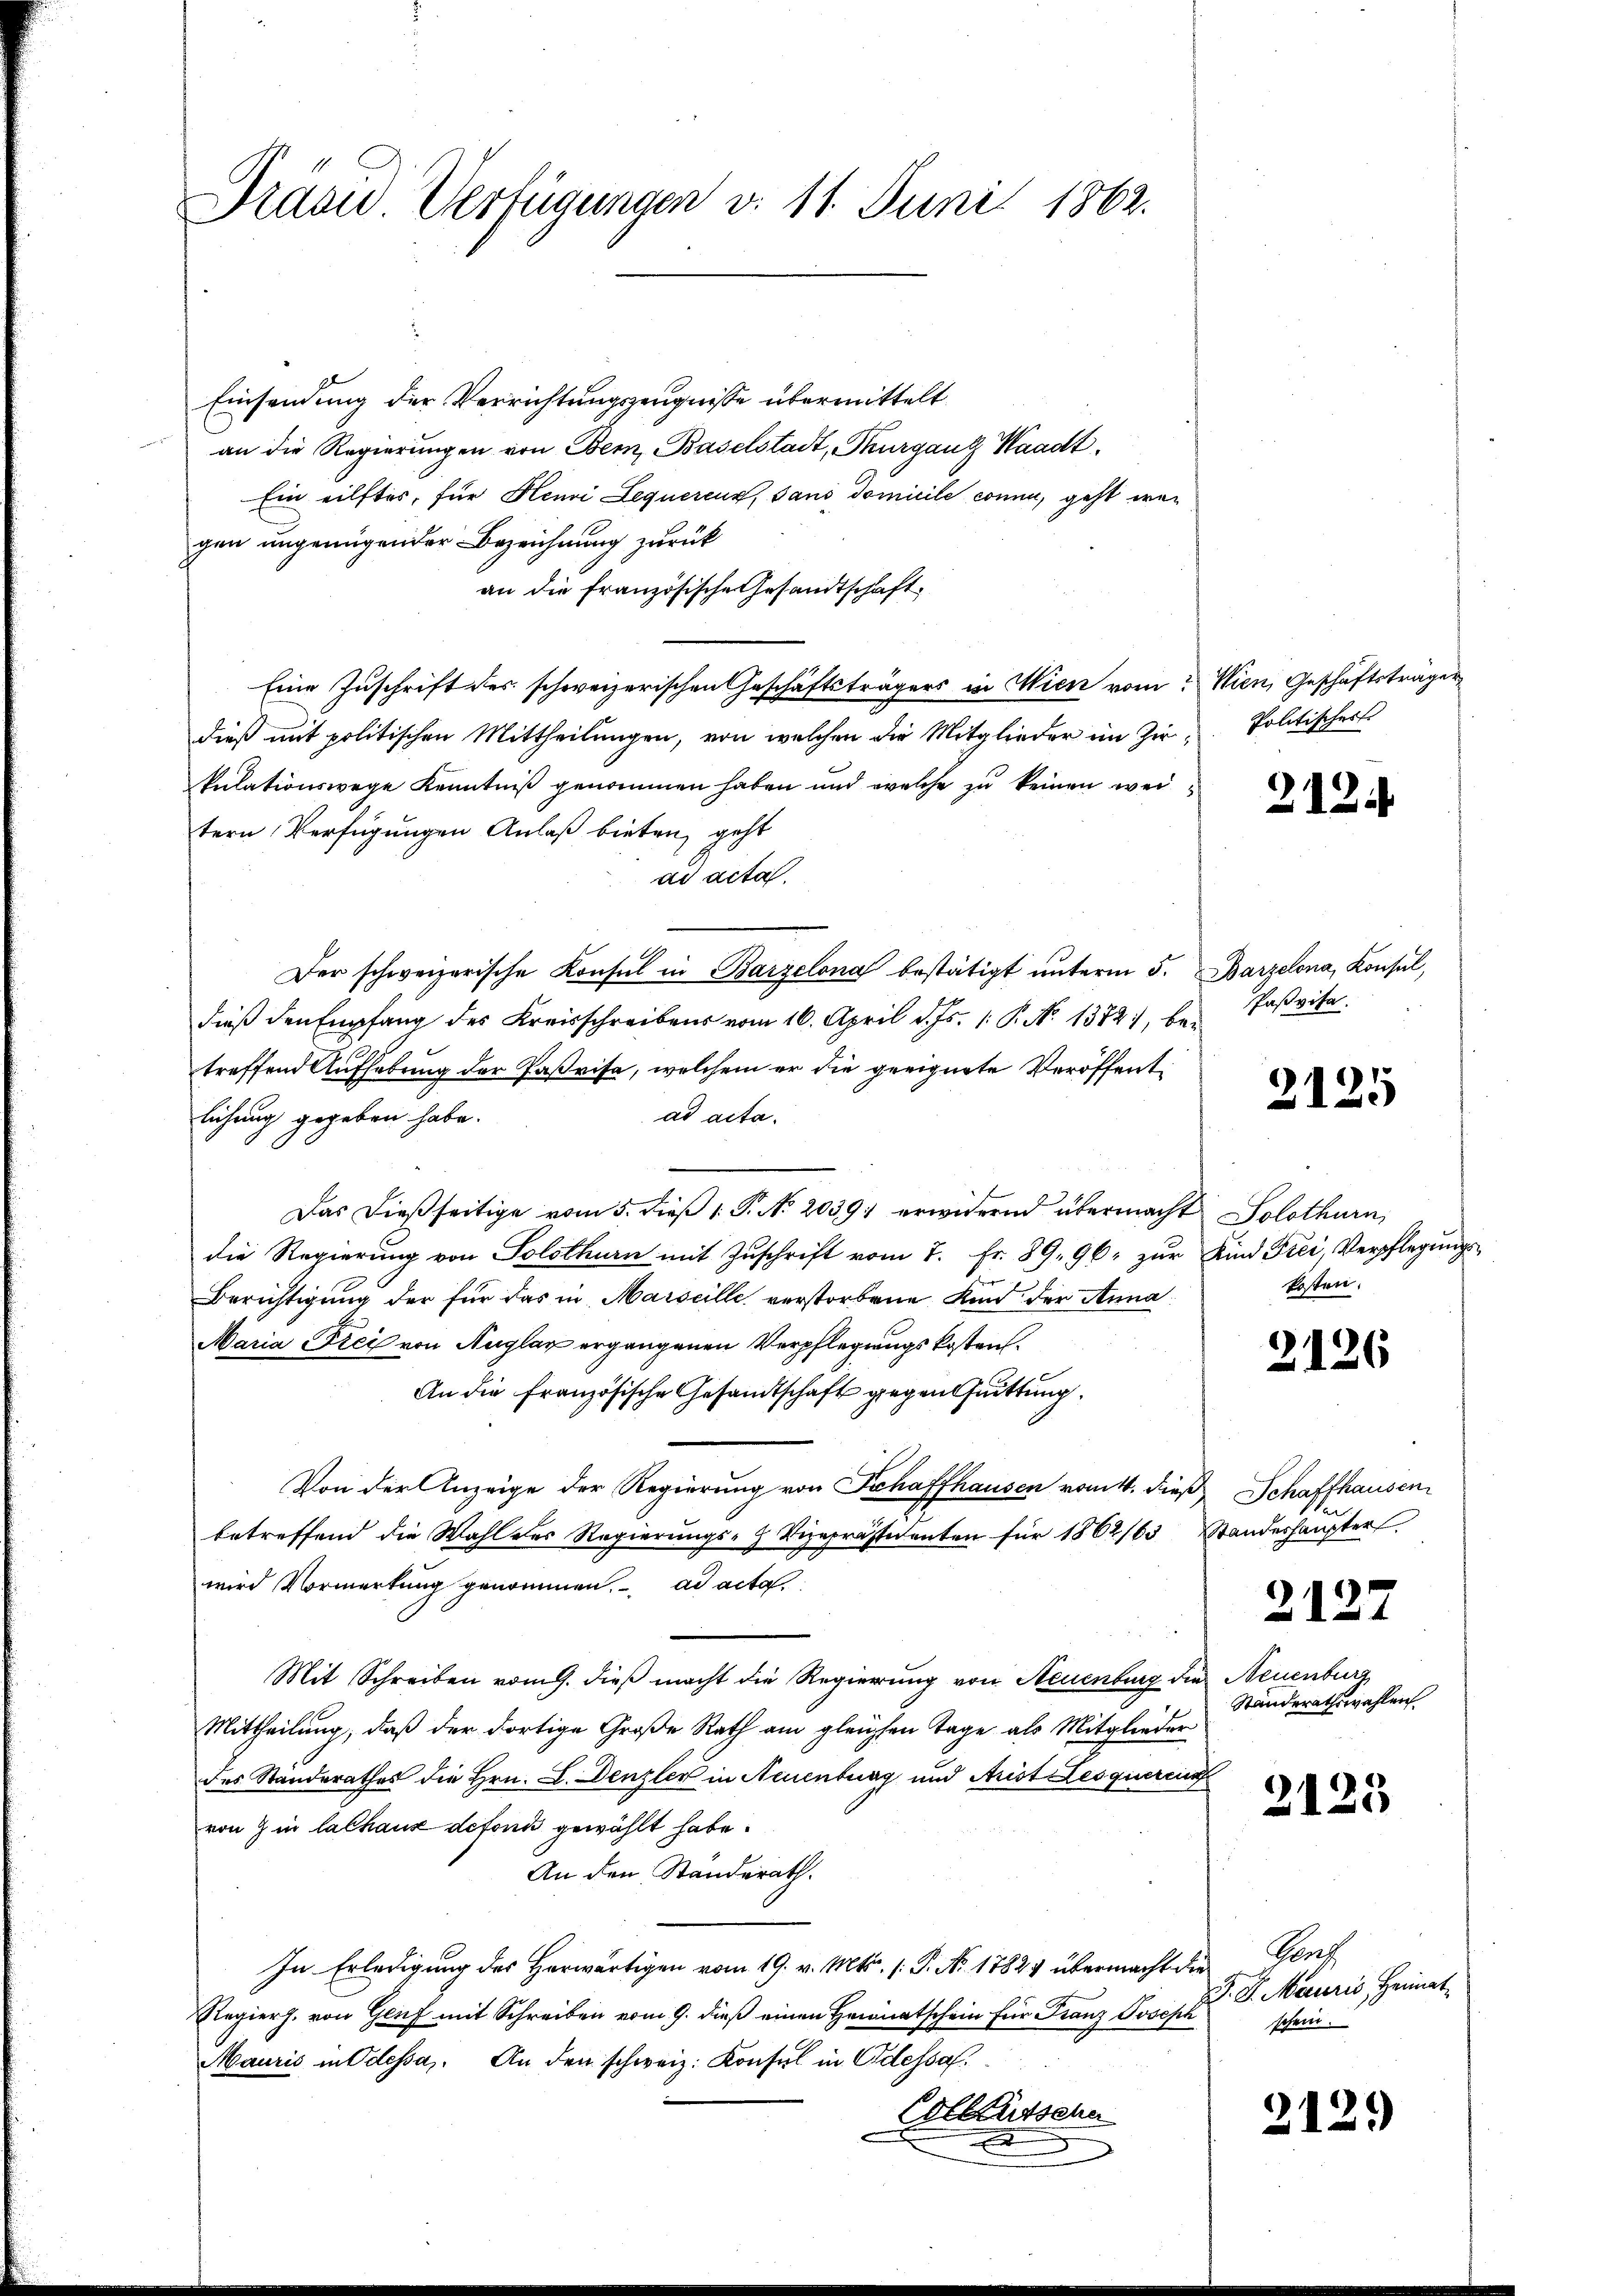
Präsid. Verfügungen v. 11. Juni 1862.

Einsendung der Verrichtungszeugnisse übermittelt
an die Regierungen von Bern, Baselstadt, Thurganz Waadt.
Ein eilftes, für Henri Lequéreur, sani domicile conna, geht wer
gen ungenügender Bezeichnung zurück
an die französische Gesandtschaft,
Eine Zuschrift des schweizerischen Geschäftsträgers in Wien vom Wien, Geschäftsträger
dieß mit politischen Mittheilungen, von welchen die Mitglieder im Zir- Politischer
kulationswege Kenntniß genommen haben und welche zu keinen weitern Verfügungen Anlaß bieten, geht
ad acta.
Der schweizerische Konsul in Barzelona bestätigt ŭnterm 5. Barzelona, Konsul,
dieß den Empfang des Kreisschreibens vom 16. April d. Js. 1. P. No 1372), betreffend Aufhebung der Paßrise, welchem er die geeignete Veröffentad acta.
lichung gegeben habe.
Das dieβ seitige vom 5. dieβ 1. P. No. 20391 erwidernd übermacht Solothurn,
die Regierŭng von Solothurn mit Zŭschrift vom 7. Fr. 89. 96. zŭr Kind Frei, Verpflegŭngs-
Berichtigung der für das in Marseille verstorbene Kind der Anna¬
Maria Fici von Auglaz ergangenen Verpflegungskosten.
An die Französische Gesandtschaft gegen fuittung.
Von der Anzeige der Regierung von Schaffhausen vom 4. dieß Schaffhausen
betreffend die Wahl der Regierungs- Vizepräsidenten für 1862/63 Standeshaupter.
wird Vormerkung genommen. ad acta
Mit Schreiben vom 9. dieß macht die Regierung von Neuenburg die Neuenburg
Mittheilung, daß der dortige Große Rath am gleichen Tage als Mitglieder
des Standerathes die Hrn. L. Denzler in Neuenburg und Arist Lesquerein
von 7 in lalhaus defonis gewählt habe.
An den Ständerath.
In Erledigung des Herwärtigen vom 19. v. Mts. (: P. No. 1782 übermacht die Genf
Regierh. von Genf mit Schreiben vom 9. dieß einen Heimatschein für Franz Joseph
Mauris in Odessa. An den schweiz. Konsul in Odessa.
Collfüsschn

2124

Paßvisa.

2125

kosten.

2126

2127

Standerathswahlen

2125

J. J. Mairis, Heimatschein.

2129